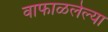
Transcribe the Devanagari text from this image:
वाफाळलेल्या